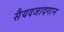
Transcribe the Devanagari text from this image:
सैयदजादगान